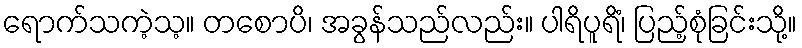
ရောက်သကဲ့သ့။ တစောပိ၊ အခွန်သည်လည်း။ ပါရိပူရိံ၊ ပြည့်စုံခြင်းသို့။